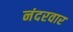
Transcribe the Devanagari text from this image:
नंदरवार